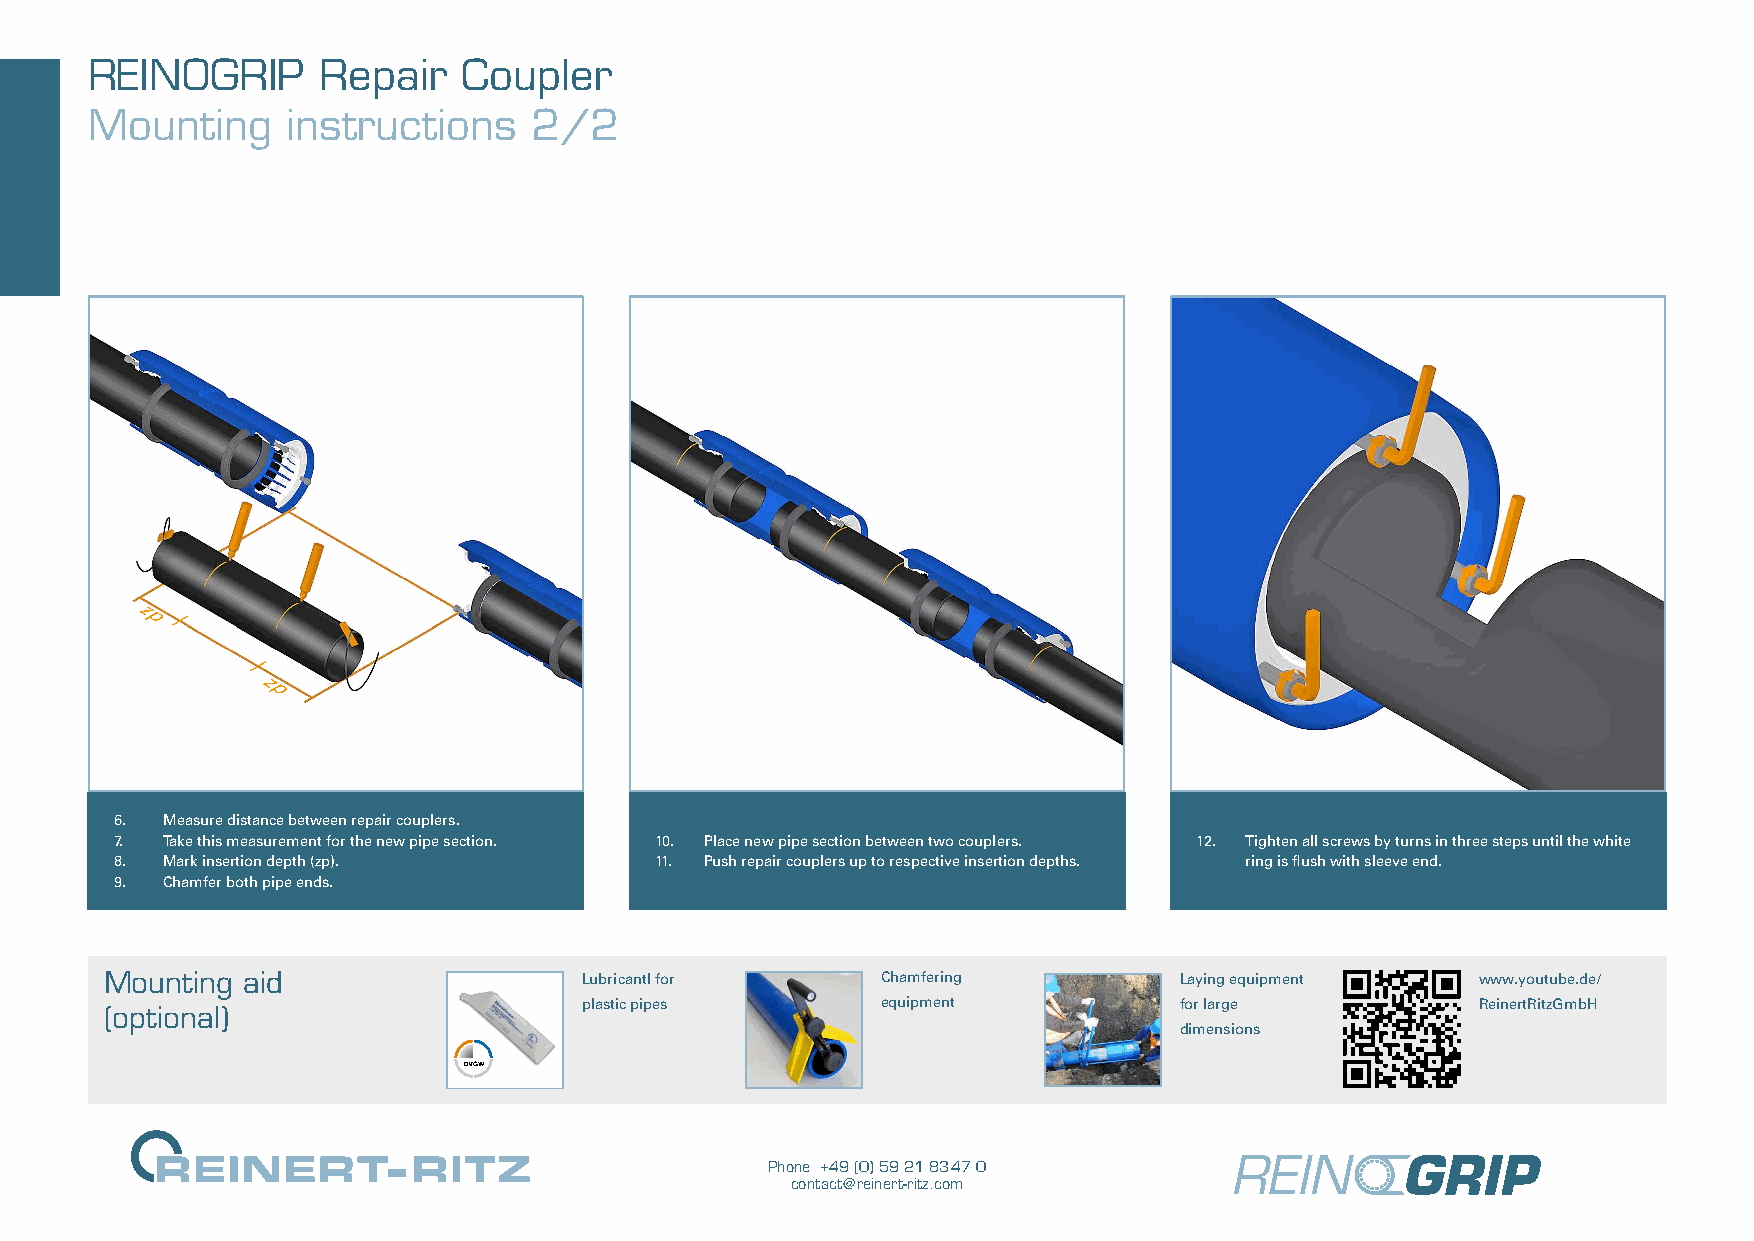
REINOGRIP      Repair    Coupler
 Mounting     instructions    2/2
 6. Measure distance between repair couplers.
 7. Take this measurement for the new pipe section. 10. Place new pipe section between two couplers. 12. Tighten all screws by turns in three steps until the white
 8. Mark insertion depth (zp).      11. Push repair couplers up to respective insertion depths. ring is flush with sleeve end.
 9. Chamfer both pipe ends.
 Mounting aid                    Lubricantl for     Chamfering          Laying equipment    www.youtube.de/
 plastic pipes      equipment           for large           ReinertRitzGmbH
 (optional)
 dimensions
 Phone +49 (0) 59 21 83 47 0
 contact@reinert-ritz.com